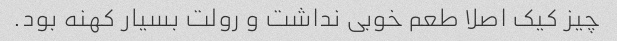
چیز کیک اصلا طعم خوبی نداشت و رولت بسیار کهنه بود.